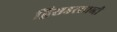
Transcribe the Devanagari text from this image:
द्विसहस्स्राब्दी